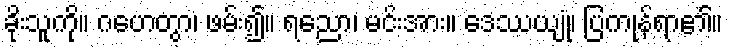
ခိုးသူကို။ ဂဟေတွာ၊ ဖမ်း၍။ ရညော၊ မင်းအား။ ဒေဿယျုံ၊ ပြကုန်ရာ၏။